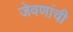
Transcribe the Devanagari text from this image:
जेवणांची